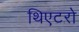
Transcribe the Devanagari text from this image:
थिएटरो